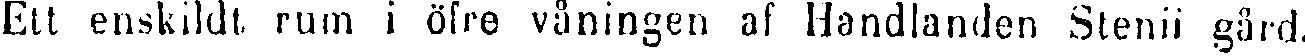
Ett enskildt rum i öfre våningen af Handlanden Stenii gård.